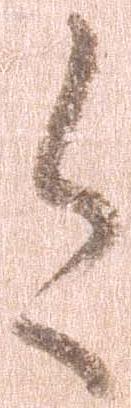
今